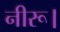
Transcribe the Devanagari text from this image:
नीरू।